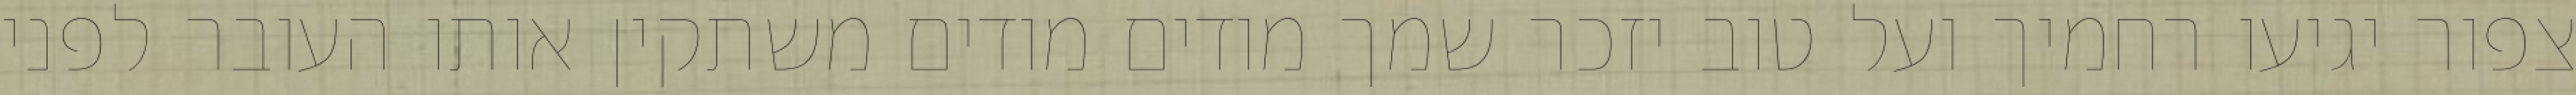
צפור יגיעו רחמיך ועל טוב יזכר שמך מודים מודים משתקין אותו העובר לפני